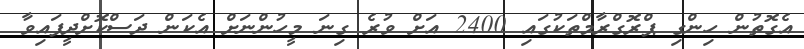
އެގޮތުން ހިންގި ޕްރޮގްރާމްތަކުގައި 2400 އަށް ވުރެ ގިނަ މީހުންނަށް އެކަން ދަސްކޮށްދީފައިވާ